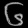
Digit: ၆